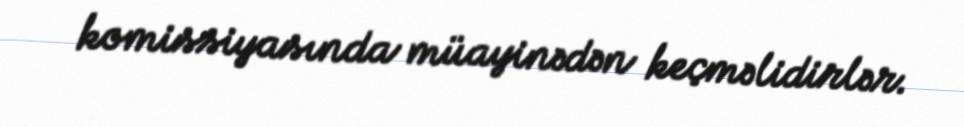
komissiyasında müayinədən keçməlidirlər.